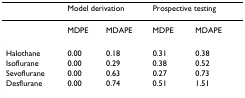
<table><thead><tr><td></td><td colspan="2"><b>Model derivation</b></td><td colspan="2"><b>Prospective testing</b></td></tr></thead><tbody><tr><td></td><td>MDPE</td><td>MDAPE</td><td>MDPE</td><td>MDAPE</td></tr><tr><td>Halothane</td><td>0.00</td><td>0.18</td><td>0.31</td><td>0.38</td></tr><tr><td>Isoflurane</td><td>0.00</td><td>0.29</td><td>0.38</td><td>0.52</td></tr><tr><td>Sevoflurane</td><td>0.00</td><td>0.63</td><td>0.27</td><td>0.73</td></tr><tr><td>Desflurane</td><td>0.00</td><td>0.74</td><td>0.51</td><td>1.51</td></tr></tbody></table>